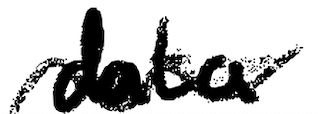
Text: data
Cross-out: wave
Writing tool: digital_black